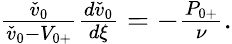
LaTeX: \begin{array}{r}{\frac{\check{v}_{0}}{\check{v}_{0}-{V}_{0+}}\frac{d\check{v}_{0}}{d\xi}=-\frac{{P}_{0+}}{\nu}.}\end{array}